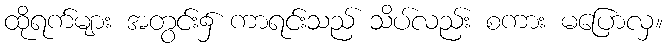
ထိုရက်များ အတွင်း၌ ကာရင်းသည် သိပ်လည်း စကား မပြောလှ။